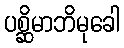
ပစ္ဆိမာဘိမုခေါ